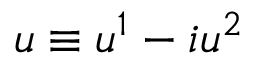
u \equiv u ^ { 1 } - i u ^ { 2 }